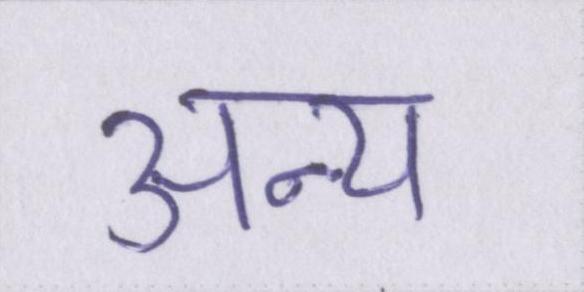
अन्य